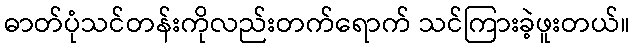
ဓာတ်ပုံသင်တန်းကိုလည်းတက်ရောက် သင်ကြားခဲ့ဖူးတယ်။